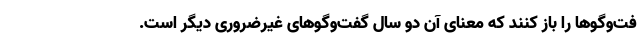
فت‌وگوها را باز کنند که معنای آن دو سال گفت‌وگوهای غیرضروری دیگر است.